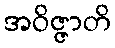
အဝိဇ္ဇာတိ